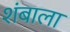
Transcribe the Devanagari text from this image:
शंबाला